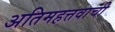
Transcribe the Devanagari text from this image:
अतिमहत्तवाची